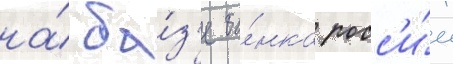
на́ ба́з'е ба́нка росс'и́и